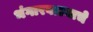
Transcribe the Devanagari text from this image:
भंगारवाल्याचे